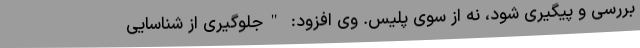
بررسی و پیگیری شود، نه از سوی پلیس. وی افزود: "جلوگیری از شناسایی